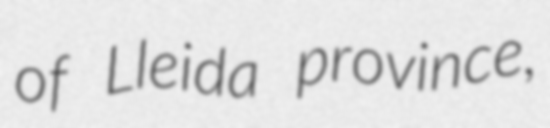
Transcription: of Lleida province,